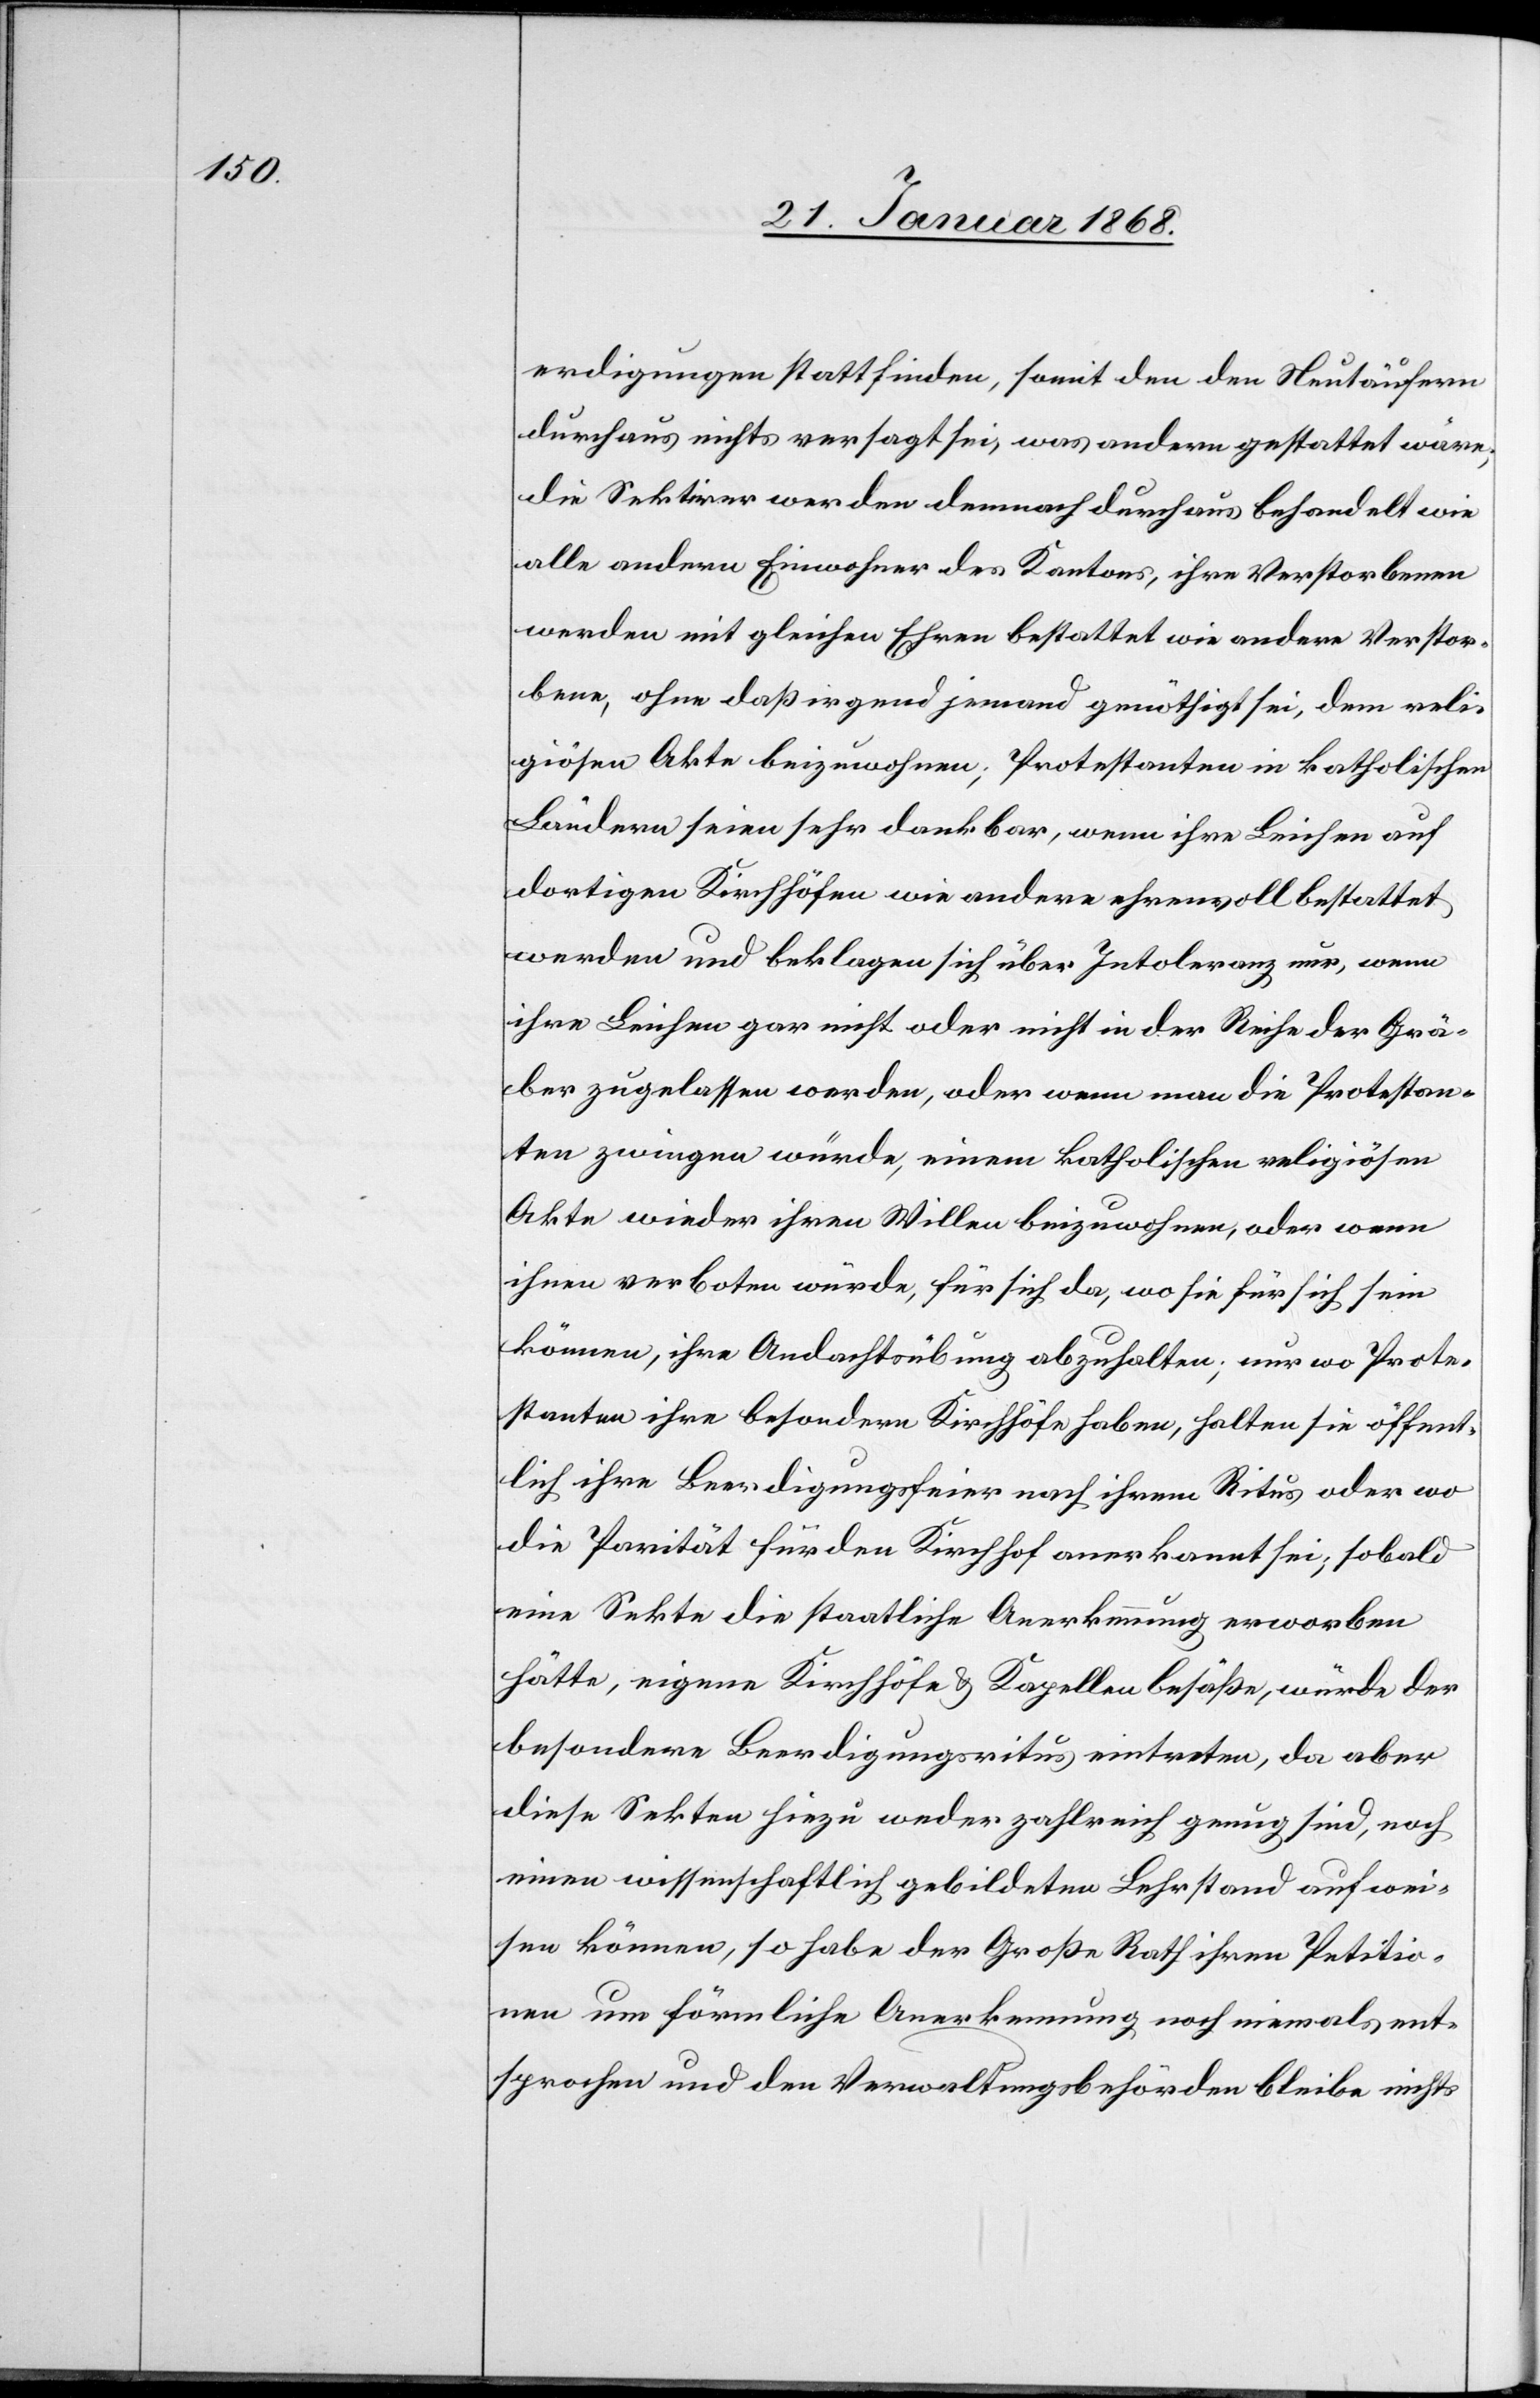
erdigungen stattfinden, somit den den [sic!] Neutäufern
durchaus nichts versagt sei, was andern gestattet wäre;
die Sektirer werden demnach durchaus behandelt wie
alle andern Einwohner des Kantons, ihre Verstorbenen
werden mit gleichen Ehren bestattet wie andere Verstor¬
bene, ohne daß irgend jemand genöthigt sei, dem reli¬
giösen Akte beizuwohnen; Protestanten in katholischen
Ländern seien sehr dankbar, wenn ihre Leichen auf
dortigen Kirchhöfen wie andere ehrenvoll bestattet
werden und beklagen sich über Intoleranz nur, wenn
ihre Leichen gar nicht oder nicht in der Reihe der Grä¬
ber zugelassen werden, oder wenn man die Protestan¬
ten zwingen würde, einem katholischen religiösen
ihnen verboten würde, für sich da, wo sie für sich sein
können, ihre Andachtsübung abzuhalten; nur wo Prote¬
stanten ihre besondern Kirchhöfe haben, halten sie öffent¬
lich ihre Beerdigungsfeier nach ihrem Ritus oder wo
die Parität für den Kirchhof anerkannt sei; sobald
eine Sekte die staatliche Anerkennung erworben
hätte, eigene Kirchhöfe & Kappellen besäße, würde der
besondere Beerdigungsritus eintreten, da aber
diese Sekten hiezu weder zahlreich genug sind, noch
einen wissenschaftlich gebildeten Lehrstand aufwei¬
sen können, so habe der Große Rath ihren Petitio¬
nen um förmliche Anerkennung noch niemals ent¬
sprochen und den Verwaltungsbehörden bleibe nichts